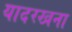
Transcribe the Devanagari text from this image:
यादरखना